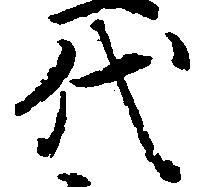
代